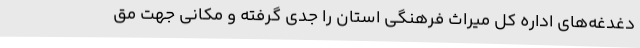
دغدغه‌های اداره کل میراث فرهنگی استان را جدی گرفته و مکانی جهت مق